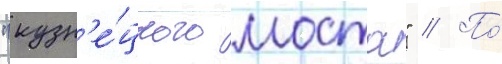
"кузн'е́цкого моста" // По́